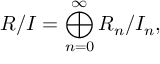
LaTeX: R / I = \bigoplus _ { n = 0 } ^ { \infty } R _ { n } / I _ { n } ,